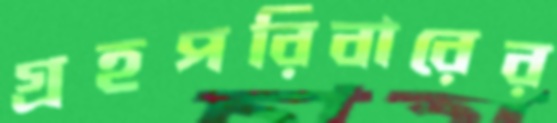
গ্রহপরিবারের